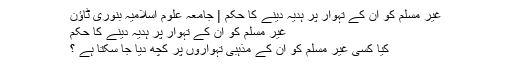
غیر مسلم کو ان کے تہوار پر ہدیہ دینے کا حکم | جامعہ علوم اسلامیہ بنوری ٹاؤن
غیر مسلم کو ان کے تہوار پر ہدیہ دینے کا حکم
کیا کسی غیر مسلم کو ان کے مذہبی تہواروں پر کچھ دیا جا سکتا ہے ؟